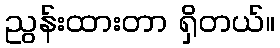
ညွန်းထားတာ ရှိတယ်။